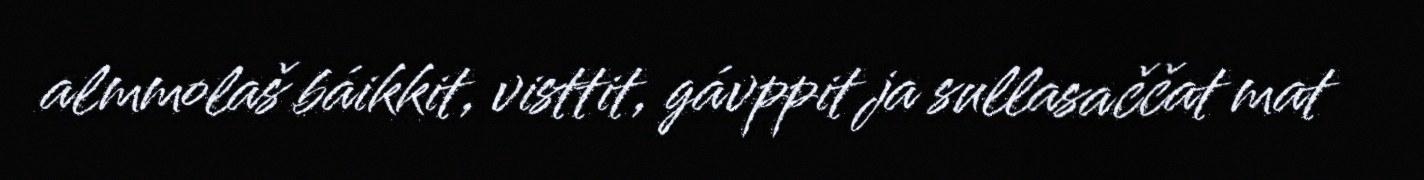
almmolaš báikkit, visttit, gávppit ja sullasaččat mat